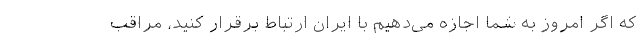
که اگر امروز به شما اجازه می‌دهیم با ایران ارتباط برقرار کنید، مراقب